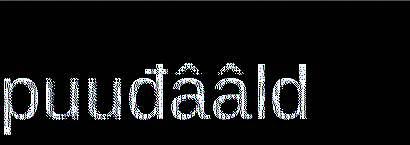
puuđââld